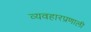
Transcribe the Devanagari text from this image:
व्यवहारप्रणाली